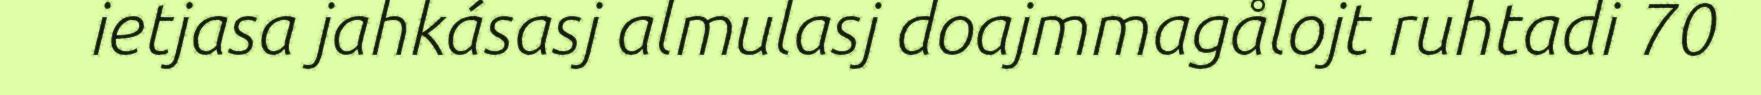
ietjasa jahkásasj almulasj doajmmagålojt ruhtadi 70